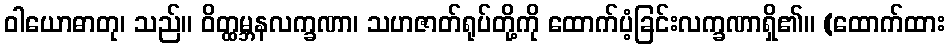
ဝါယောဓာတု၊ သည်။ ဝိတ္ထမ္ဘနလက္ခဏာ၊ သဟဇာတ်ရုပ်တို့ကို ထောက်ပံ့ခြင်းလက္ခဏာရှိ၏။ (ထောက်ထား